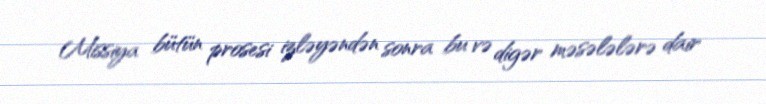
Missiya bütün prosesi izləyəndən sonra bu və digər məsələlərə dair